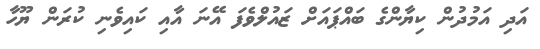
އަދި އަމުދުން ކިޔާންގެ ބައްޕައަށް ޒައުލްވެފަ އޭނަ އާއި ކައިވެނި ކުރަން ޔޫހާ